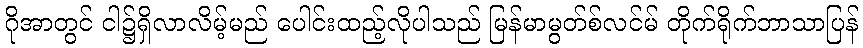
ဂိုအာတွင် ငါ၌ရှိလာလိမ့်မည် ပေါင်းထည့်လိုပါသည် မြန်မာမွတ်စ်လင်မ် တိုက်ရိုက်ဘာသာပြန်